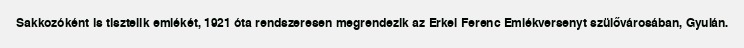
Sakkozóként is tisztelik emlékét, 1921 óta rendszeresen megrendezik az Erkel Ferenc Emlékversenyt szülővárosában, Gyulán.